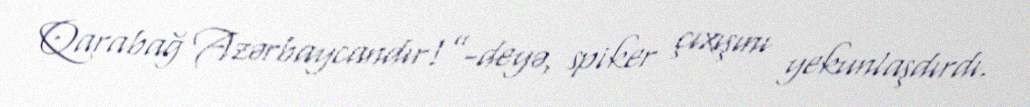
Qarabağ Azərbaycandır!”-deyə, spiker çıxışını yekunlaşdırdı.